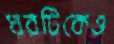
ঘরটিকেও